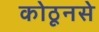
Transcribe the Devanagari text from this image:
कोठूनसे